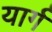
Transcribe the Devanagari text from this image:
यार्ग